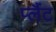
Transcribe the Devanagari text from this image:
प्लैंट